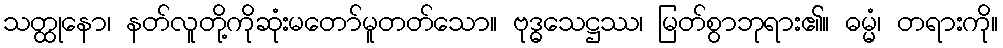
သတ္ထုနော၊ နတ်လူတို့ကိုဆုံးမတော်မူတတ်သော။ ဗုဒ္ဓသေဋ္ဌဿ၊ မြတ်စွာဘုရား၏။ ဓမ္မံ၊ တရားကို။